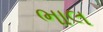
ભાલ